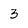
Character: 3